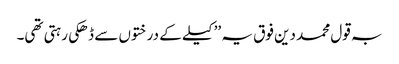
بہ قول محمد دین فوق یہ ’’کیلے کے درختوں سے ڈھکی رہتی تھی۔